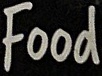
Food